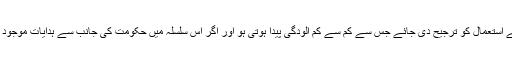
۲- گاڑیوں میں ایسے ایندھن کے استعمال کو ترجیح دی جائے جس سے کم سے کم آلودگی پیدا ہوتی ہو اور اگر اس سلسلہ میں حکومت کی جانب سے ہدایات موجود ہوں تو ان کی پابندی کی جائے۔